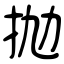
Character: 抛